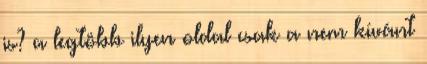
is? a legtöbb ilyen oldal csak a nem kívánt